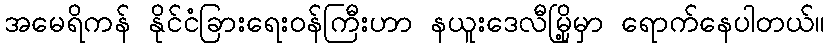
အမေရိကန် နိုင်ငံခြားရေးဝန်ကြီးဟာ နယူးဒေလီမြို့မှာ ရောက်နေပါတယ်။